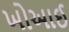
ખોઆઈ